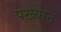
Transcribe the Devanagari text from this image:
पख्यान